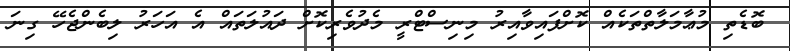
ބޮޑެތި މުޢާމަލާތްތަކެއް ކޮށްފައިވާއިރު މިނިސްޓްރީ މެދުވެރިކޮށް ދައުލަތައް އެ އަހަރު ލިބެންޖެހޭ ގިނަ